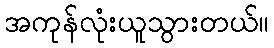
အကုန်လုံးယူသွားတယ်။